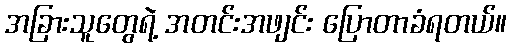
အခြားသူတွေရဲ့ အတင်းအဖျင်း ပြောတာခံရတယ်။